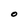
Character: O